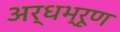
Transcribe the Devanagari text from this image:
अर्धभ्रूण